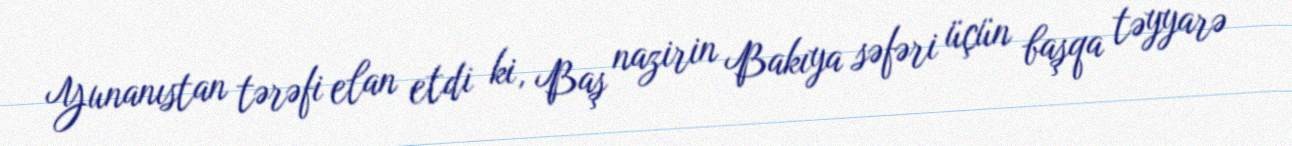
Yunanıstan tərəfi elan etdi ki, Baş nazirin Bakıya səfəri üçün başqa təyyarə